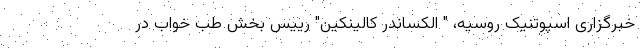
خبرگزاری اسپوتنیک روسیه، " الکساندر کالینکین" رییس بخش طب خواب در